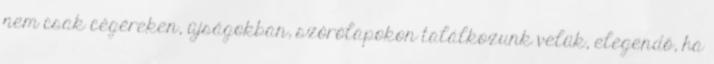
nem csak cégéreken, újságokban, szórólapokon találkozunk velük, elegendő, ha